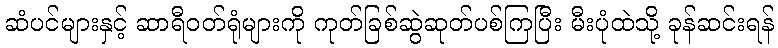
ဆံပင်များနှင့် ဆာရီဝတ်ရုံများကို ကုတ်ခြစ်ဆွဲဆုတ်ပစ်ကြပြီး မီးပုံထဲသို့ ခုန်ဆင်းရန်